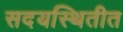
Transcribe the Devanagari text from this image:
सदयस्थितीत